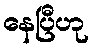
နေပြီဟု